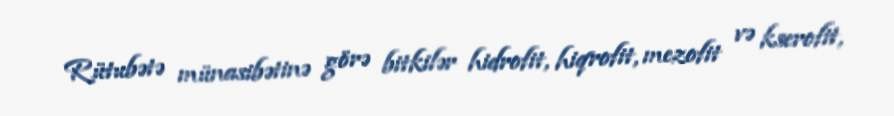
Rütubətə münasibətinə görə bitkilər hidrofit, hiqrofit, mezofit və kserofit,